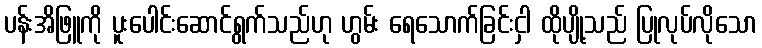
ပန်းအိဖြူကို ပူးပေါင်းဆောင်ရွက်သည်ဟု ဟွမ်း ရေသောက်ခြင်းငှါ ထိုပျို့သည် ပြုလုပ်လိုသော